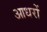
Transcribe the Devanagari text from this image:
आधरों